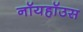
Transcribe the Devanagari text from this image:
नॉयहॉउस